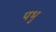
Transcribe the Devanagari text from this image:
पभु